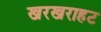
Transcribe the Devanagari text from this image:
खरखराहट